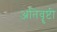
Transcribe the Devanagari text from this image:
अतिवॄष्टी